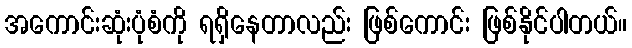
အကောင်းဆုံးပုံစံကို ရရှိနေတာလည်း ဖြစ်ကောင်း ဖြစ်နိုင်ပါတယ်။